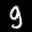
Label: 9